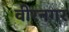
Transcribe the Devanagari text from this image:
वीरनगर